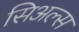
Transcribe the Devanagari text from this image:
सिअल्स